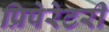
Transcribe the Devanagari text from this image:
प्रिपेरेटरी